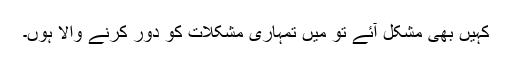
کہیں بھی مشکل آئے تو مَیں تمہاری مشکلات کو دور کرنے والا ہوں۔